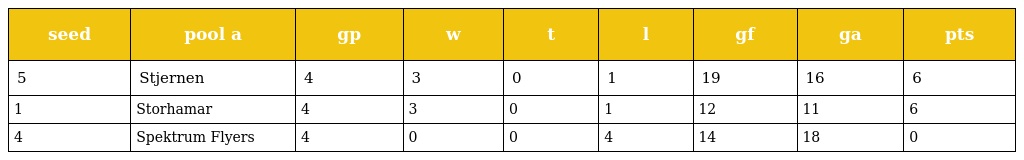
| seed | pool a | gp | w | t | l | gf | ga | pts |
 | --- | --- | --- | --- | --- | --- | --- | --- | --- |
 | 5 | Stjernen | 4 | 3 | 0 | 1 | 19 | 16 | 6 |
 | 1 | Storhamar | 4 | 3 | 0 | 1 | 12 | 11 | 6 |
 | 4 | Spektrum Flyers | 4 | 0 | 0 | 4 | 14 | 18 | 0 |